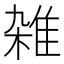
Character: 雑